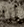
أنا